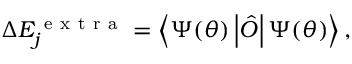
\Delta E _ { j } ^ { \mathrm { ~ e ~ x ~ t ~ r ~ a ~ } } = \left\langle \Psi ( \boldsymbol { \theta } ) \left| \hat { O } \right| \Psi ( \boldsymbol { \theta } ) \right\rangle ,